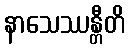
နာသေဿန္တီတိ